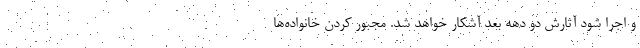
و اجرا شود آثارش دو دهه بعد آشکار خواهد شد. مجبور کردن خانواده‌ها